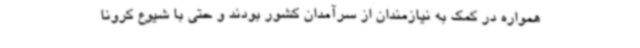
همواره در کمک به نیازمندان از سرآمدان کشور بودند و حتی با شیوع کرونا